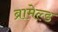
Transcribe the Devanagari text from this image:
ब्रामेल्ड